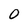
Character: 0